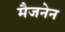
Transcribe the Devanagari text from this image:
मैजनेन